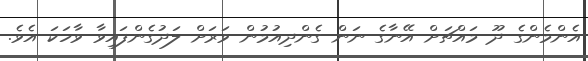
އެންމެންގެ ދޫ މައްޗަށް އޭނާގެ ނަން ގެންދިއުމުން ވަރަށް ލަދުގެންފައިވާ ވާހަކަ އެވެ.